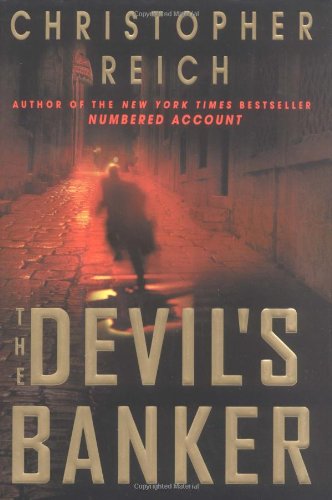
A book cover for The Devil's Banker; Christopher Reich; Mystery, Thriller & Suspense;